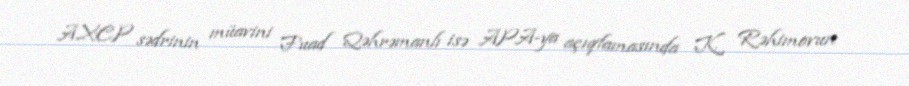
AXCP sədrinin müavini Fuad Qəhrəmanlı isə APA-ya açıqlamasında K. Rəhimovun